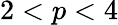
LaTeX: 2<p<4